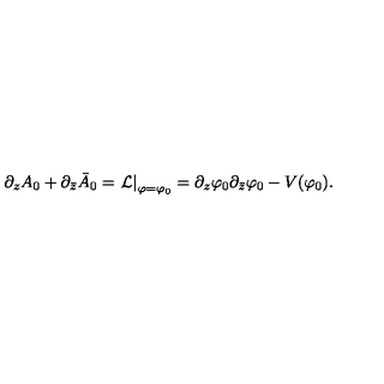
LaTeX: \partial _ { z } A _ { 0 } + \partial _ { \bar { z } } \bar { A } _ { 0 } = \left. { \cal L } \right| _ { \varphi = \varphi _ { 0 } } = \partial _ { z } \varphi _ { 0 } \partial _ { \bar { z } } \varphi _ { 0 } - V ( \varphi _ { 0 } ) .